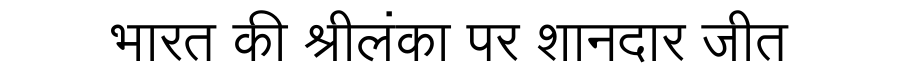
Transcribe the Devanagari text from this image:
भारत की श्रीलंका पर शानदार जीत